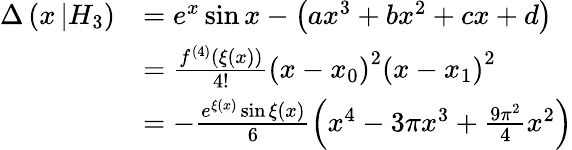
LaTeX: \begin{array}{rl}{\Delta\left(x\left\vert H_{3}\right.\right)}&{=e^{x}\sin x-\left(ax^{3}+bx^{2}+cx+d\right)}\\ &{=\frac{f^{\left(4\right)}\left(\xi\left(x\right)\right)}{4!}\left(x-x_{0}\right)^{2}\left(x-x_{1}\right)^{2}}\\ &{=-\frac{e^{\xi\left(x\right)}\sin\xi\left(x\right)}{6}\left(x^{4}-3\pi x^{3}+\frac{9\pi^{2}}{4}x^{2}\right)}\end{array}